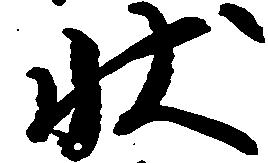
状